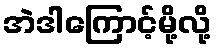
အဲဒါကြောင့်မို့လို့